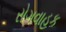
રોગવાહક